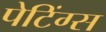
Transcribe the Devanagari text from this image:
पेटिंग्स